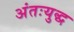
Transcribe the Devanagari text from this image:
अंतःयुद्ध